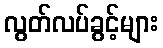
လွတ်လပ်ခွင့်များ